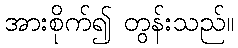
အားစိုက်၍ တွန်းသည်။